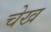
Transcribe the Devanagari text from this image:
चेख